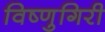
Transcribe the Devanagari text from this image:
विष्णुगिरी